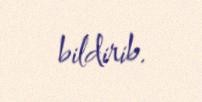
bildirib.